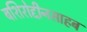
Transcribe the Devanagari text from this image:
बशिरोद्दीनसाहब